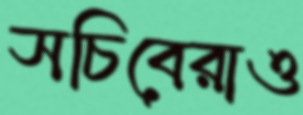
সচিবেরাও